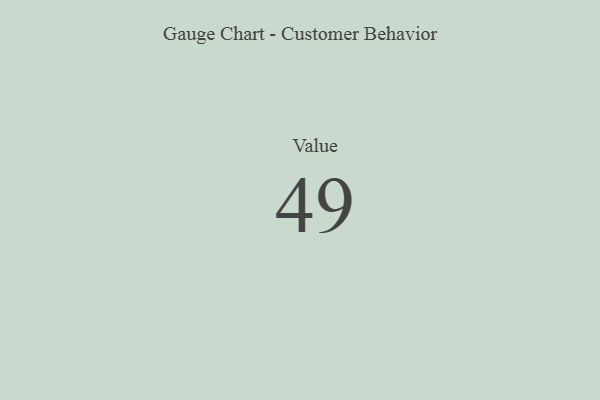
{"axis": {"x": "Metric", "y": "Value"}, "legend": [""], "data": [{"x": "Value", "y": 49, "type": ""}]}